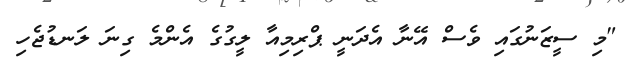
"މި ސީޒަނުގައި ވެސް އޭނާ އެދަނީ ޕްރިމިއާ ލީގުގެ އެންމެ ގިނަ ލަނޑުޖެހި